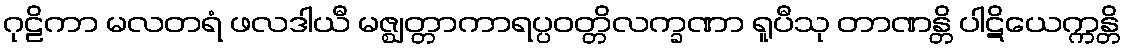
ဂုဠိကာ မလတရံ ဖလဒါယီ မဇ္ဈတ္တာကာရပ္ပဝတ္တိလက္ခဏာ ရူပီသု တာဏန္တိ ပါဋိယေက္ကန္တိ